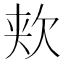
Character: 𬅢